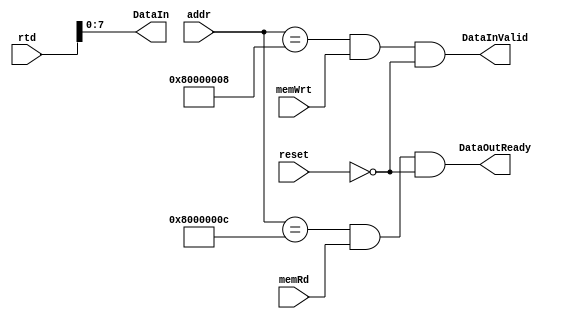
//-----------------------------------------------------------------------------
//  Module: UARTCtrl
//  Desc: handshake signal for UART
//  Inputs Interface:
//    reset: reset signal
//    addr: memory address
//    rtd: already forwarding handled R[$rt]
//    memRd: loading instruction or not
//    memWrt: storing instruction or not
//  Output Interface:
//    DataInValid
//    DataIn
//    DataOutReady
//-----------------------------------------------------------------------------

module UARTCtrl (
               input  reset,
               input  [31:0] addr,
               input  [31:0] rtd,
               input  memRd,
               input  memWrt,
               output DataInValid,
               output [7:0] DataIn,
               output DataOutReady
);
    assign DataIn = rtd[7:0];
    assign DataInValid  =  (addr == 32'h80000008) && (memWrt == 1) && (reset == 0);
    assign DataOutReady =  (addr == 32'h8000000c) && (memRd == 1)  && (reset == 0);     
        

endmodule